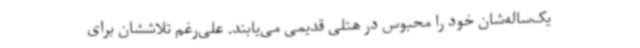
یک‌ساله‌شان خود را محبوس در هتلی قدیمی می‌یابند. علی‌رغم تلاششان برای